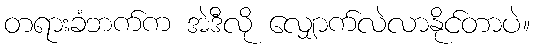
တရားခံဘက်က အဲဒီလို လျှောက်လဲလာနိုင်တာပဲ။